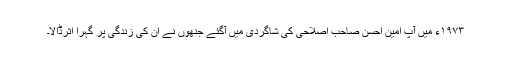
۱۹۷۳ء میں آپ امین احسن صاحب اصلاحی کی شاگردی میں آگئے جنھوں نے ان کی زندگی پر گہرا اثرڈالا۔